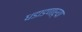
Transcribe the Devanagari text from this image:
धडाडणाऱ्या